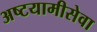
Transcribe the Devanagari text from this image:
अष्टयामीसेवा